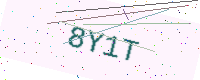
Text: 8Y1T